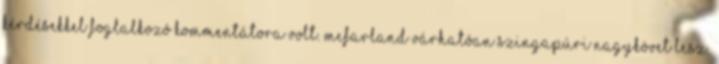
kérdésekkel foglalkozó kommentátora volt. McFarland várhatóan szingapúri nagykövet lesz.